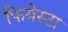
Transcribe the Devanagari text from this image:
फियेस्टा